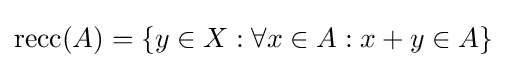
\operatorname {recc} (A)=\{y\in X:\forall x\in A:x+y\in A\}